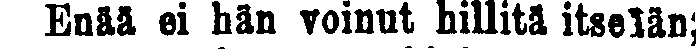
Enää ei hän voinut hillitä itseään;